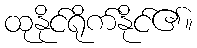
ထုနိုင်ရိုက်နိုင်၏။